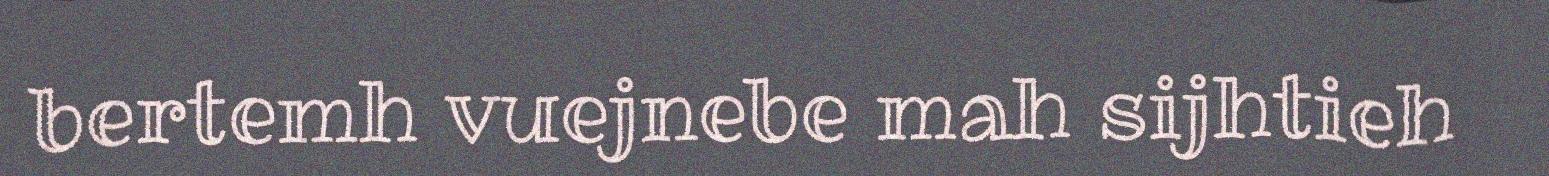
bertemh vuejnebe mah sijhtieh